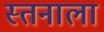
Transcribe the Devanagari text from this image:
स्तनाला